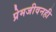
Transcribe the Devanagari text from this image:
प्रेमजीवनही